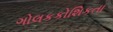
ગોલકકોશિકતા